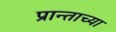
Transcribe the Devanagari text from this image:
प्रान्ताच्या